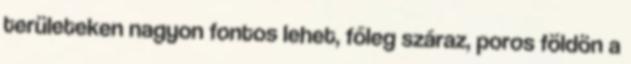
területeken nagyon fontos lehet, főleg száraz, poros földön a